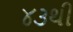
૪૩થી